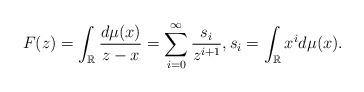
LaTeX: \begin{align*}F(z)=\int_{\mathbb{R}}\frac{d\mu(x)}{z-x}=\sum_{i=0}^\infty\frac{s_i}{z^{i+1}},s_i=\int_{\mathbb{R}}x^i d\mu(x).\end{align*}